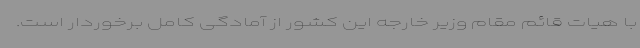
با هیات قائم مقام وزیر خارجه این کشور از آمادگی کامل برخوردار است.